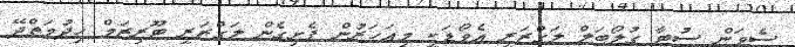
ސެވަން ސުޓާ ގުލޯބަލް ލަގްޒަރީ އެވޯޑަކީ މިއަހަރުން ފެށިގެން ލަގްޒަރީ ޓޫރިޒަމް ހިދުމަތްދޭ